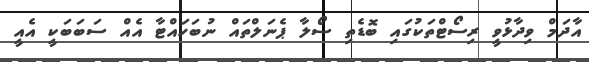
އާދަމް ވިދާޅުވީ ރިސޯޓްތަކުގައި ބޮޑެތި ސޯލާ ޕެނަލްތައް ނުބަހައްޓާ އެއް ސަބަބަކީ އެއީ